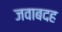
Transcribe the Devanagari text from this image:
जवाबदह